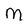
Character: M